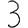
Digit: 3